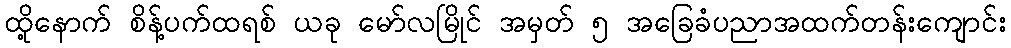
ထို့နောက် စိန့်ပက်ထရစ် ယခု မော်လမြိုင် အမှတ် ၅ အခြေခံပညာအထက်တန်းကျောင်း